Vaccination Hyderabad 1872-1889 - 1872-1889
Year: 1872
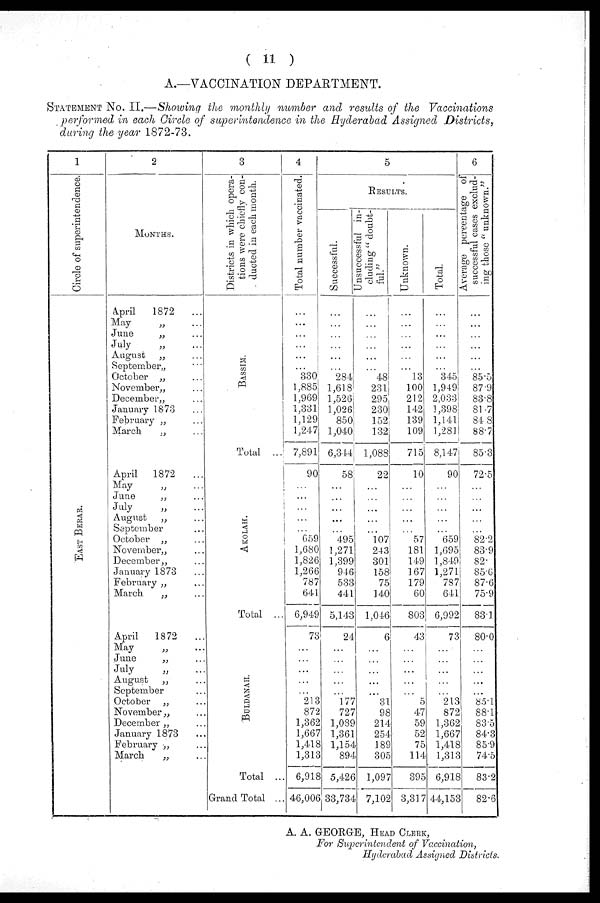
( 11 )
A.—VACCINATION DEPARTMENT.
STATEMENT No. II.—Showing the monthly number and results of the Vaccinations
performed in each Circle of superintendence in the Hyderabad Assigned Districts,
during the year 1872-73.
1
Circle of superintendence.
EAST BERAR.
2
MONTHS.
April
1872
...
May „ ...
June
„ ...
July
„ ...
August „ ...
September„ ...
October „ ...
November„ ...
December„ ...
January 1873 ...
February „ ...
March
„ ...
April
1872
...
May
„ ...
June
„ ...
July
„ ...
August „ ...
September ...
October „ ...
November„ ...
December„ ...
January 1873 ...
February „ ...
March „ ...
April
1872 ...
May „ ...
June
„ ...
July
„ ...
August „ ...
September ...
October „ ...
November „ ...
December „ ...
January 1873 ...
February „ ...
March
„ ...
3
Districts in which opera-
tions were chiefly con¬
ducted in each month.
BASSIM.
Total ...
AKOLAH.
Total ...
BULDANAH.
Total ...
Grand Total ...
4
Total number vaccinated.
...
...
...
...
...
...
330
1,885
1,969
1,331
1,129
1,247
7,891
90
...
...
...
...
...
659
1,680
1,826
1,266
787
641
6,949
73
...
...
...
...
213
872
1,362
1,667
1,418
1,313
6,918
46,006
5
RESULTS.
Successful.
...
...
...
...
...
...
284
1,618
1,526
1,026
850
1,040
6,314
58
...
...
...
...
...
495
1,271
1,399
946
533
441
5,143
24
...
...
...
...
...
l77
727
1,089
1,361
1,154
894
5,426
33,734
Unsuccessful in-
cluding " doubt-
ful."
...
...
...
...
...
...
48
23l
295
230
152
132
1,088
22
...
...
...
...
...
107
243
301
158
75
140
1,046
6
...
...
...
...
...
31
98
214
254
189
305
1,097
7,102
Unknown.
...
...
...
...
...
...
13
100
212
142
139
109
715
10
...
...
...
...
...
57
181
149
167
179
60
803
43
...
...
...
...
...
5
47
59
52
75
114
395
3,317
Total.
...
...
...
...
...
...
345
1,949
2,033
1,398
1,141
1,281
8,147
90
...
...
...
...
...
659
1,695
1,849
1,271
787
641
6,992
73
...
...
...
...
...
213
872
1,362
1,667
1,418
1,318
6,918
44,153
6
Average percentage of
successful cases exclud-
ing those " unknown."
...
...
...
...
...
...
85.5
87.9
83.8
81.7
84.8
88.7
85.3
72.5
...
...
...
...
...
82.2
83.9
82.
85.6
87.6
75.9
83.1
80.0
...
...
...
...
...
85.1
88.1
83.5
84.3
85.9
74.5
83.2
82.6
A. A. GEORGE, HEAD CLERK,
For Superintendent of Vaccination,
Hyderabad Assigned Districts.